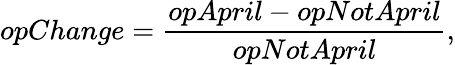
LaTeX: opChange=\frac{opApril-opNotApril}{opNotApril},